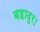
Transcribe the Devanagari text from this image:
बहादुर।